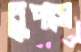
চুপসে